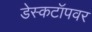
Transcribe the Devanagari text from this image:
डेस्कटॉपवर